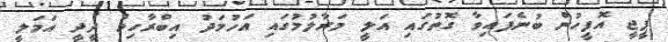
ޕީޖީ އޮފީހުން ބުނެފައިވާ ގޮތުގައި އަލީ މަރާލުމުގައި އަހުމަދު އިބްރާހިމް ދީދީ އަމަލީ